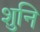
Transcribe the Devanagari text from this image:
शुनि